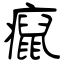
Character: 癙